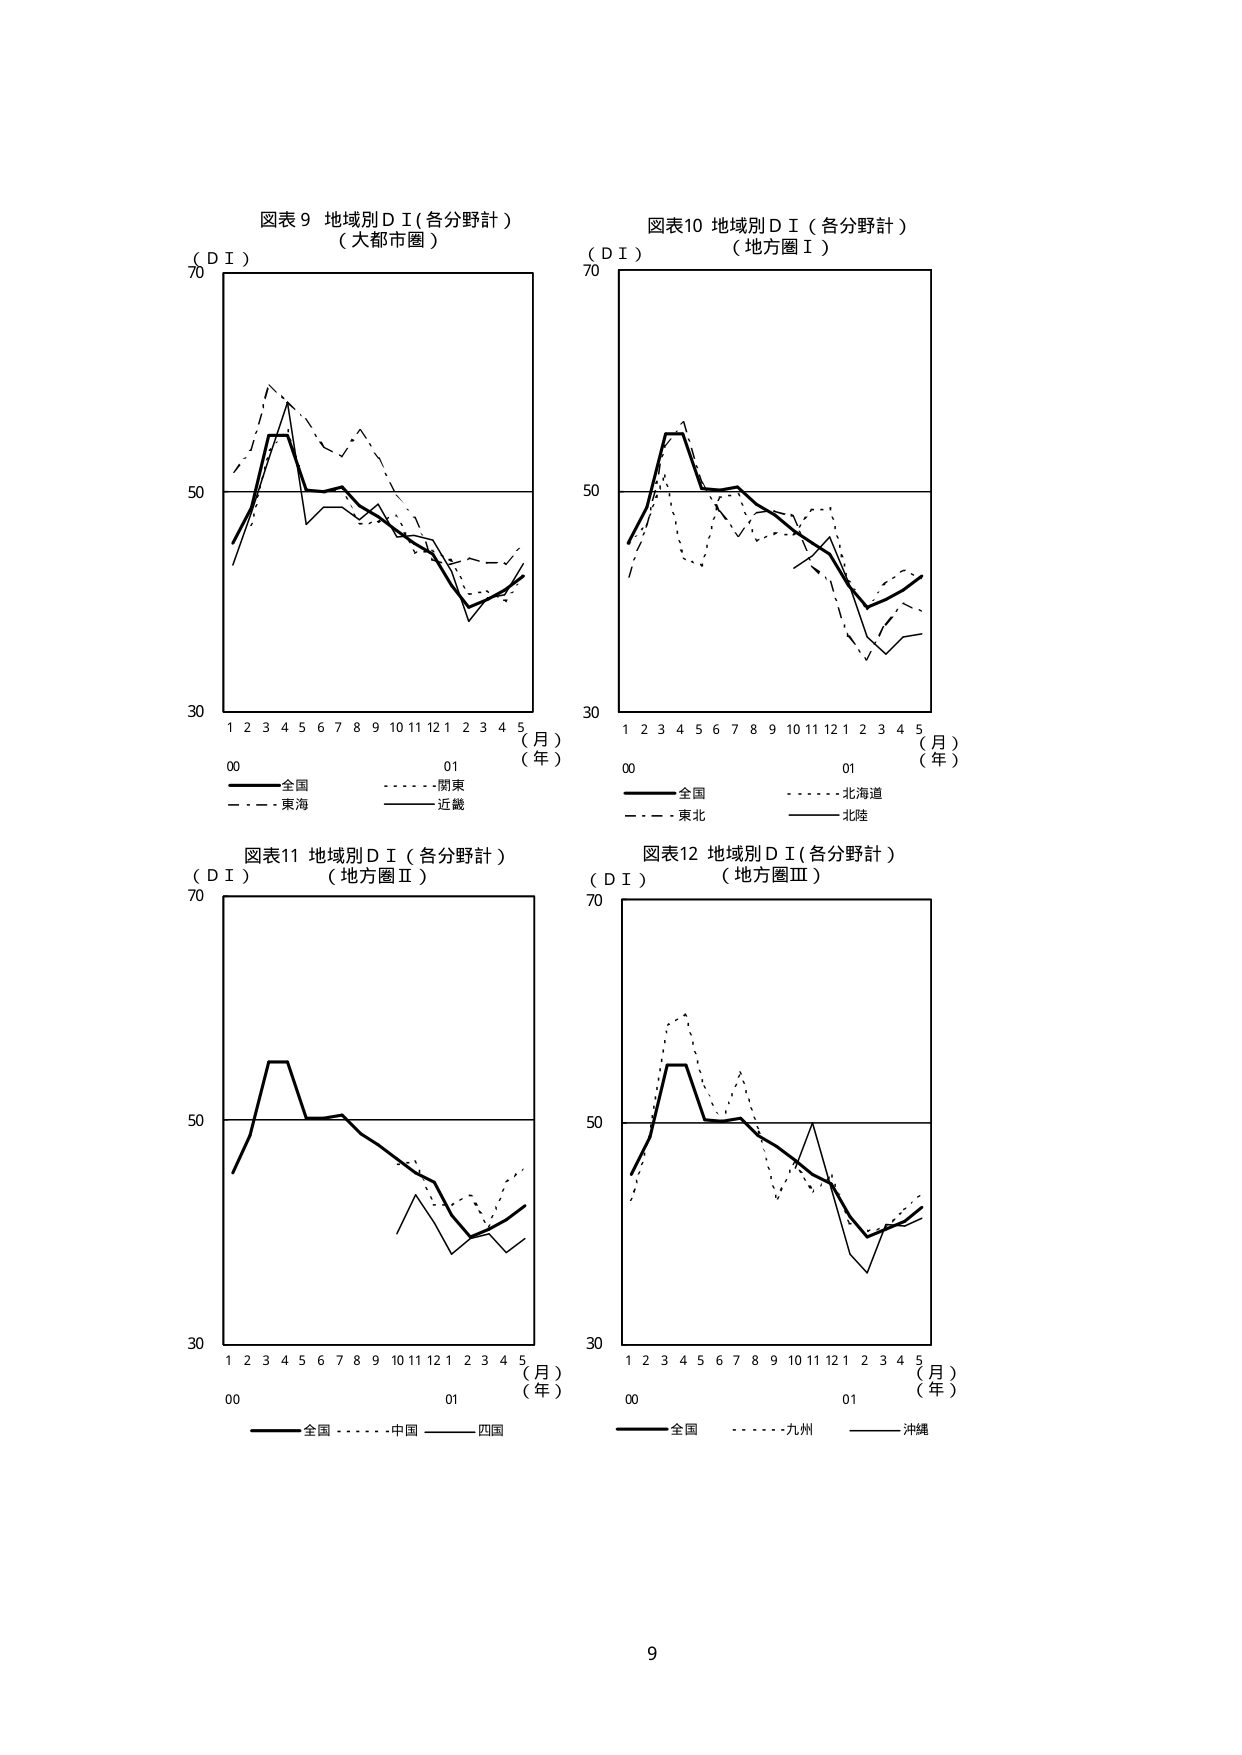
図表9 地域別ＤＩ（各分野計）
（大都市圏）

（ＤＩ）
70
50
30
1 2 3 4 5 6 7 8 9 10 11 12 1 2 3 4 5
（月）
（年）
00 01
――――全国
――――関東
――――東海
――――近畿

図表10 地域別ＤＩ（各分野計）
（地方圏Ⅰ）

（ＤＩ）
70
50
30
1 2 3 4 5 6 7 8 9 10 11 12 1 2 3 4 5
（月）
（年）
00 01
――――全国
――――北海道
――――東北
――――北陸

図表11 地域別ＤＩ（各分野計）
（地方圏Ⅱ）

（ＤＩ）
70
50
30
1 2 3 4 5 6 7 8 9 10 11 12 1 2 3 4 5
（月）
（年）
00 01
――――全国
――――中国
――――四国

図表12 地域別ＤＩ（各分野計）
（地方圏Ⅲ）

（ＤＩ）
70
50
30
1 2 3 4 5 6 7 8 9 10 11 12 1 2 3 4 5
（月）
（年）
00 01
――――全国
――――九州
――――沖縄

9